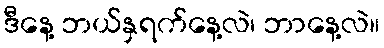
ဒီနေ့ ဘယ်နှရက်နေ့လဲ၊ ဘာနေ့လဲ။